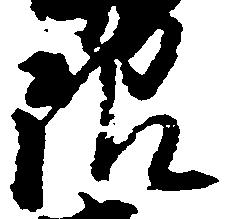
限